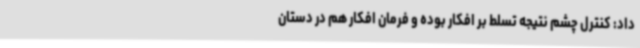
داد: کنترل چشم نتیجه تسلط بر افکار بوده و فرمان افکار هم در دستان